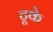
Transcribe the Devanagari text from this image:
टूके